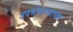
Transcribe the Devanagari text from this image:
उपभोगण्याच्या